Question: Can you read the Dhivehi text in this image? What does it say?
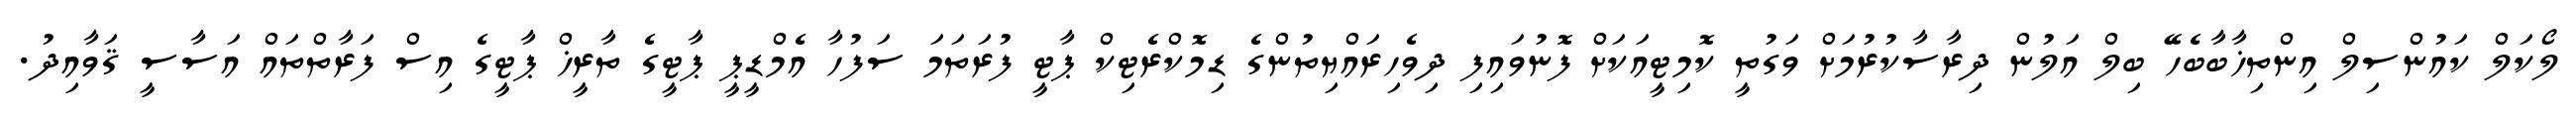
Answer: ލޯކަލް ކައުންސިލް އިންތިޚާބާބެހޭ ބިލް އަލުން ދިރާސާކުރުމަށް ވަގުތީ ކޮމިޓީއަކަށް ފޮނުވައިފި ދިވެހިރައްޔިތުންގެ ޑިމޮކްރެޓިކް ޕާޓީ ފުރަތަމަ ސަފުހާ އެމްޑީޕީ ޕާޓީގެ ތާރީޚް ޕާޓީގެ އިސް ފަރާތްތައް އަސާސީ ޤަވާއިދު.